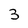
Character: 3